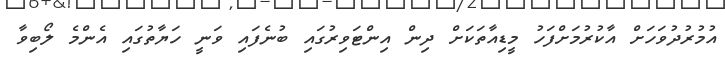
އުމުރުދުވަހަށް އާކުރުމަށްފަހު މީޑިއާތަކަށް ދިން އިންޓަވިރުގައި ބުނެފައި ވަނީ ހަޔާތުގައި އެންމެ ލޯބިވާ